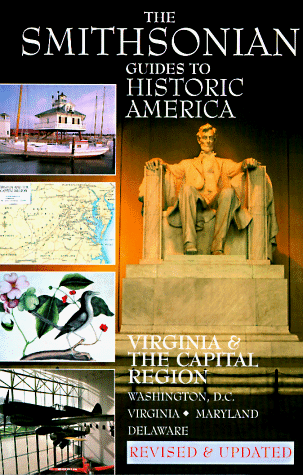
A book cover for Virginia & the Capital Region Smithsonian Guides (Smithsonian Guide to Historic America); Henry Wiencek; Travel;